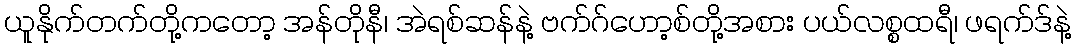
ယူနိုက်တက်တို့ကတော့ အန်တိုနီ၊ အဲရစ်ဆန်နဲ့ ဗက်ဂ်ဟော့စ်တို့အစား ပယ်လစ္စထရီ၊ ဖရက်ဒ်နဲ့